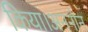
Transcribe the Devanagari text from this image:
किया।अननोन